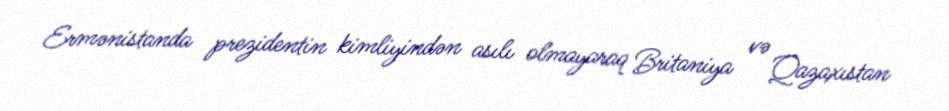
Ermənistanda prezidentin kimliyindən asılı olmayaraq Britaniya və Qazaxıstan